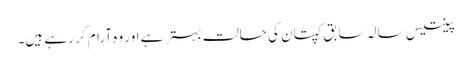
پینتیس سالہ سابق کپتان کی حالت بہتر ہے اور وہ آرام کر رہے ہیں۔